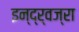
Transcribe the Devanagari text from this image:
इन्द्र्वज्रा